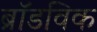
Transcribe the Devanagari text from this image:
ब्रॉडविक